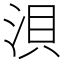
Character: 浿